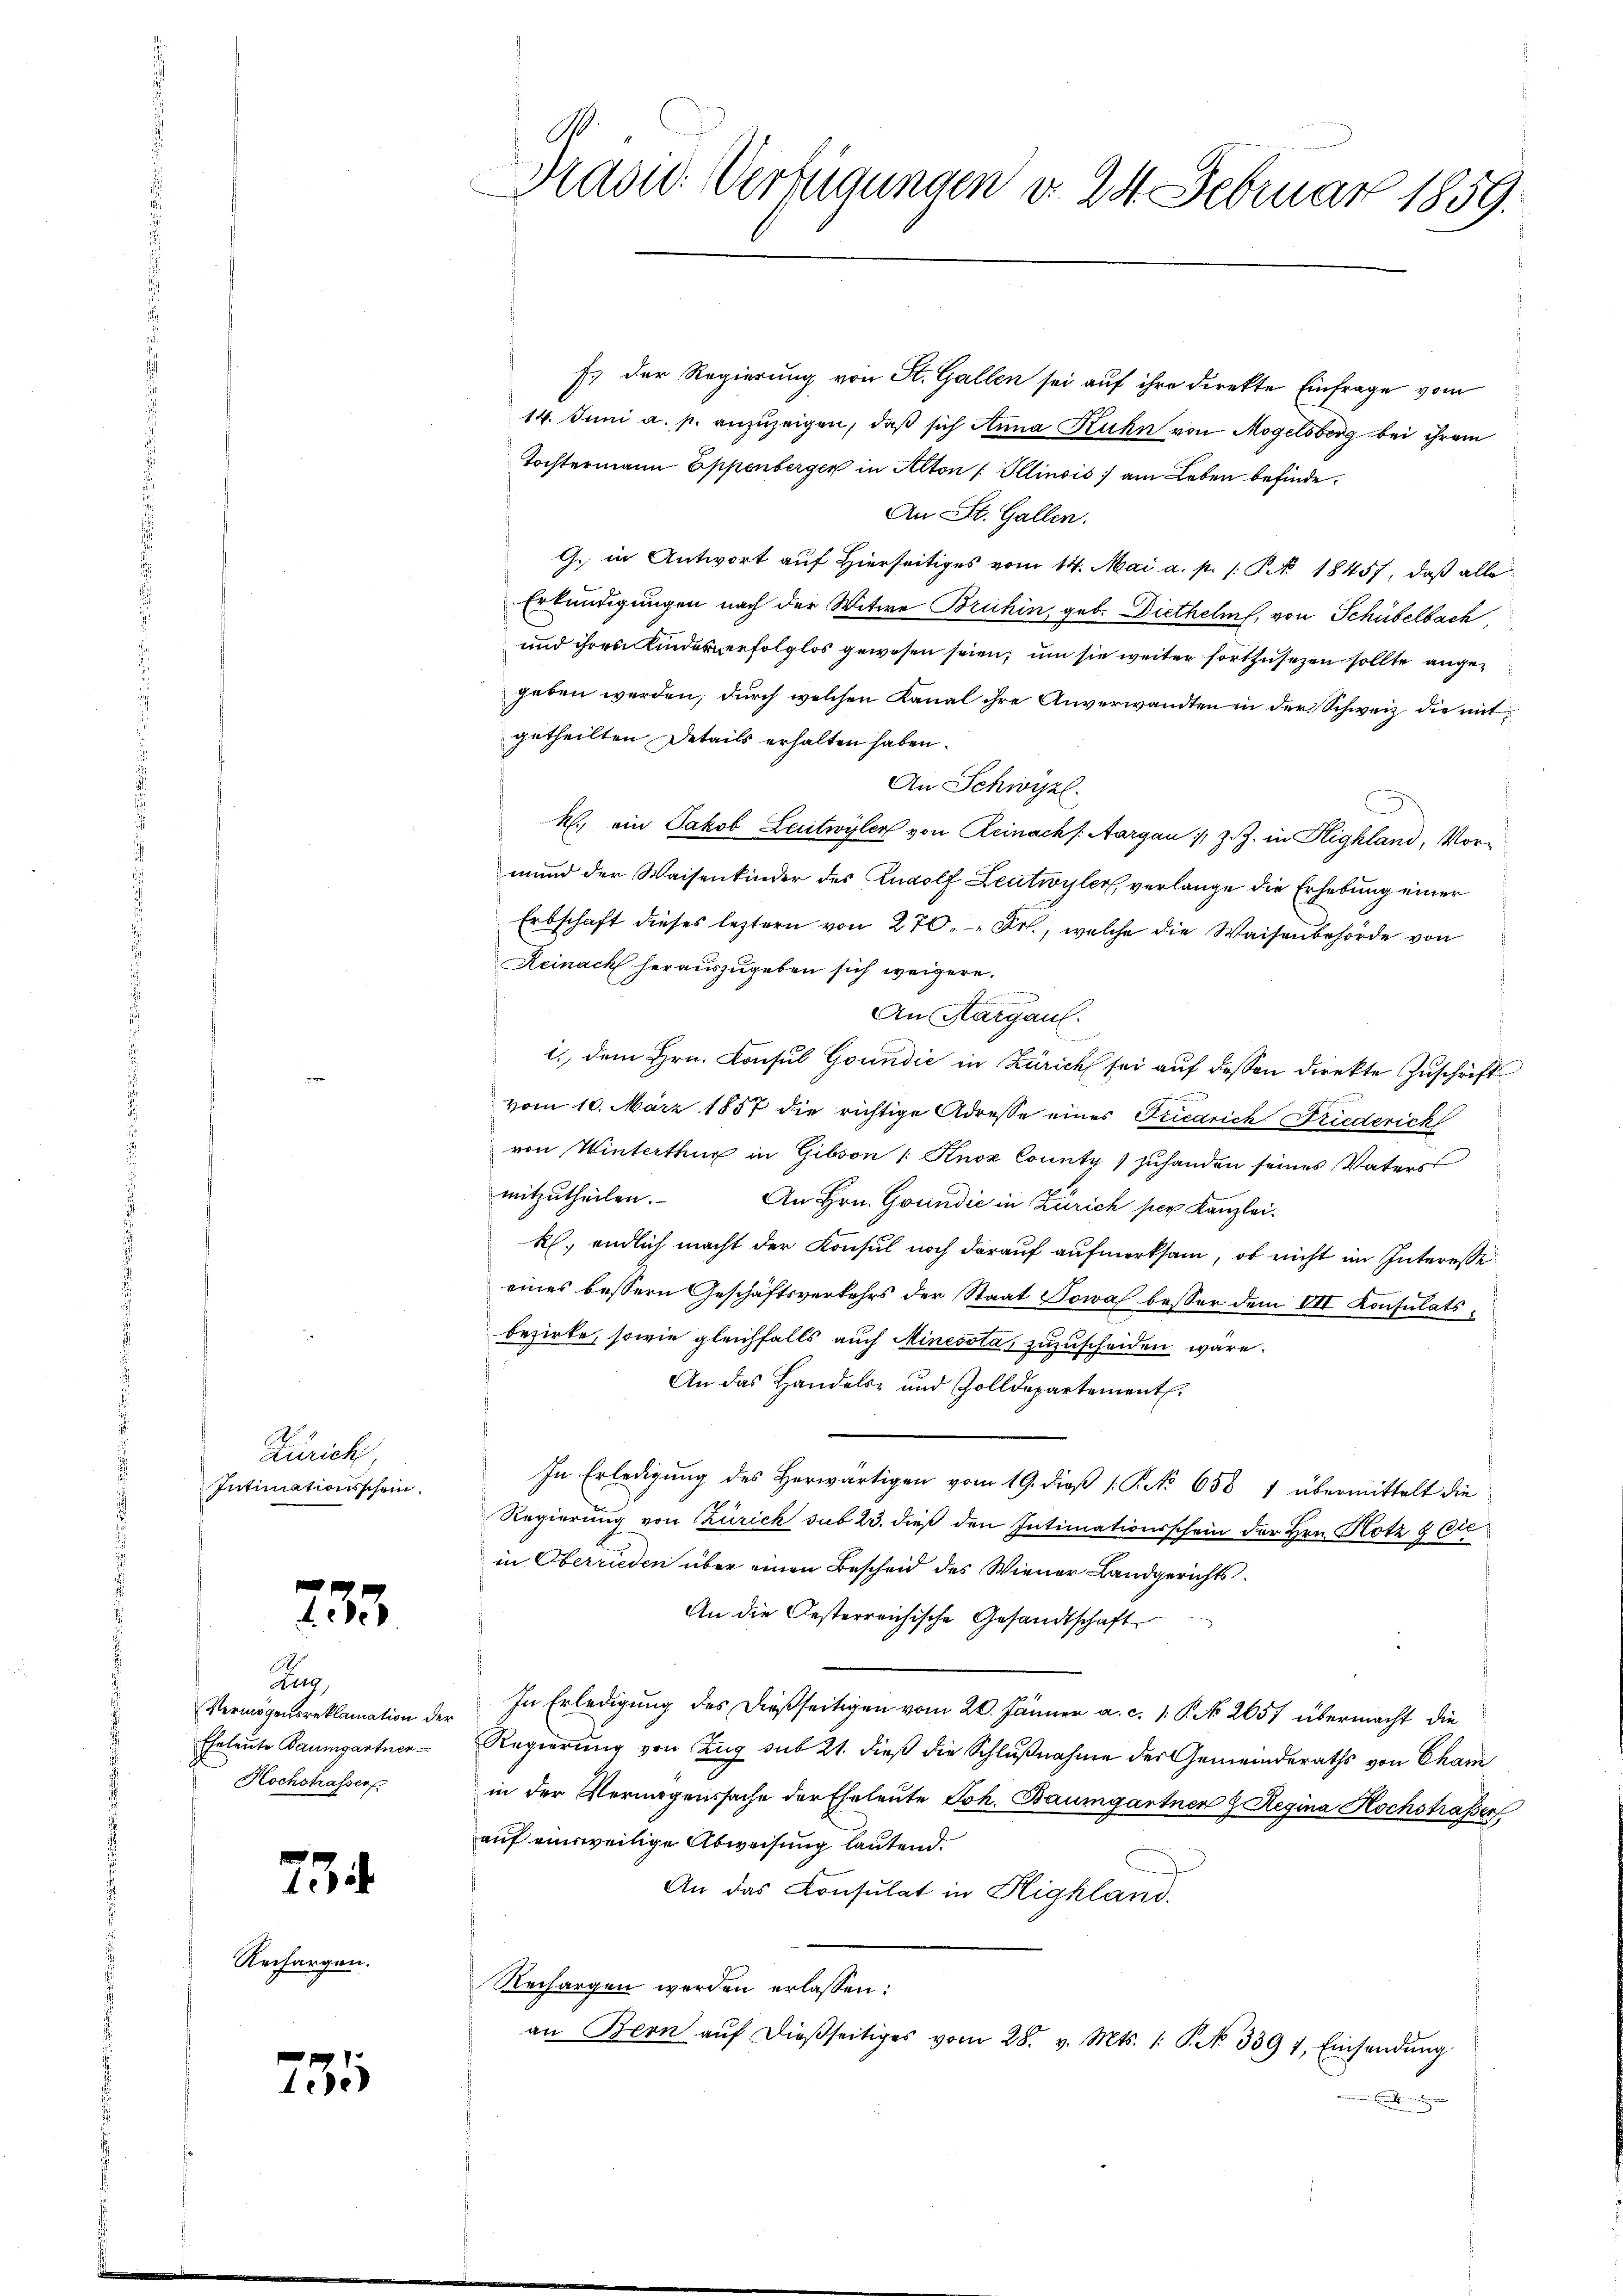
Zürich
Intimationsschein,

233.

Reg
Vermögensreklamation der
Eheleute Baumgartner-
Hochstrasser

734

Rechargen.

751

Draord. Verfügungen d. 24. Februar 1859.

Es der Regierung von St. Gallen sei auf ihre direkte Einfrage vom
14. Juni a. p. anzuzeigen, daß sich Anna Kuhn von Mogelsberg bei ihrem
Tochtermann Eppenberger in Alton Illinois) am Leben befinde¬
An St. Gallen.
G. in Antwort auf Hierseitiges vom 14. Mai a. p. s. S. 18457, daß alle
Erkundigungen nach der Witwe Bruhin, geb. Diethelm, von Schübelbach
und ihren Kinder erfolglos gewesen seien, um sie weiter fortzusehen sollte angegeben werden, durch welchen Kanal ihre Anverwandten in der Schweiz die mit
getheilten Details erhalten haben.
An Schwyzl.
R. ein Jakob Leutwyler von Reinach Aargau, z. Z. in Highland, Vormund der Waisenkinder des Rudolf Leutwyler, verlange die Erhebung einer
Erbschaft dieses leztern von 270. Fr., welche die Waisenbehörde von
Reinach herauszugeben sich weigere.
An Aargau.
i. dem Hrn. Konsul Goundić in Zürich sei auf dessen direkte Zuschrift
vom 10. März 1857 die richtige Adresse eines Friedrich Driederick
von Winterthur in Gibson /: Knoz County 1 zuhanden seines Vaters
mitzŭtheilen. An Hrn. Goundić in Zürich per Kanzlei.
k. endlich macht der Konsul noch darauf aufmerksam, ob nicht im Interesse
eines bessern Geschäftsverkehrs der Staat Towas besser dem VII. Konsulatsbezirke, sowie gleichfalls auch Minesota, zuzuscheiden wäre.
An das Handels- und Zolldepartement.
In Erledigŭng des herwärtigen vom 19. dieβ (: Sto 658 1 übermittelt die
Regierung von Zürich sub 23. dieß den Intimationsschein der Hrn. Hotz & Cie
in Oberrieden über einen Bescheid des Wiener Landgerichts-
An die Gesterreichische Gesandtschaft
In Erledigung des dießseitigen vom 20. Jänner a. c. 1 P. No 2657 übermacht die
Regierung von Zug sub 21. dieß die Schlußnahme der Gemeinderaths von Cham
in der Vermögenssache der Eheleute Joh. Baumgartner & Regina Hochstraßen,
auf einweilige Abweisung lautend.
An das Consulat in Highland.
Rechargen werden erlassen:
an Bern aŭf dießseitiges vom 28. v. Mts. 1. P. N. 339 7, Einsendŭng